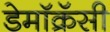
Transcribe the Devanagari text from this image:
डेमॉक्रॅसी